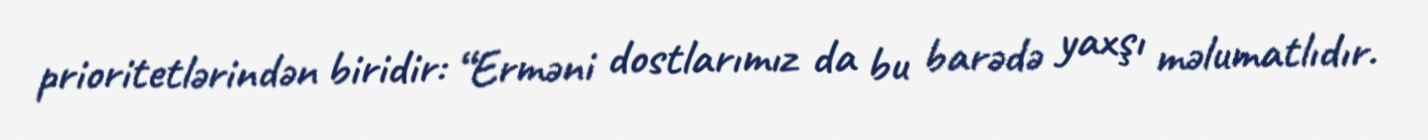
prioritetlərindən biridir: “Erməni dostlarımız da bu barədə yaxşı məlumatlıdır.